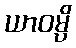
ယာဝမ္ပိ